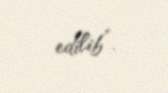
edilib”.